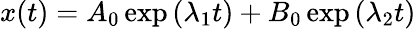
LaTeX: x(t)=A_{0}\exp\left(\lambda_{1}t\right)+B_{0}\exp\left(\lambda_{2}t\right)